Memorandum on the prevention of leprosy by segregation of the affected
Disease focus: Leprosy
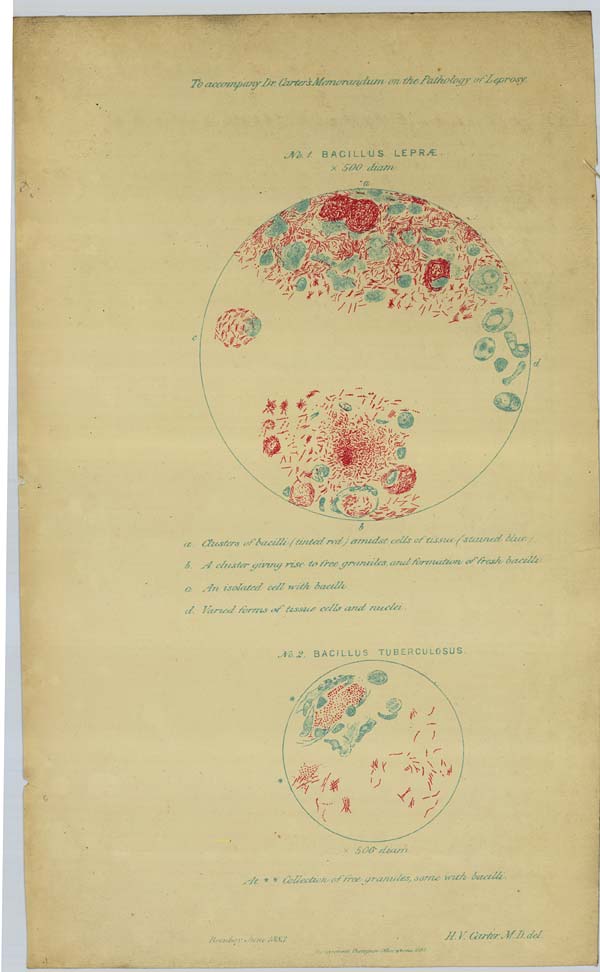
To accompany Dr. Carter's Memorandum on the Pathology of Leprosy.
No. 1. BACILLUS LEPRÆ.
x 500 diam.
a. Clusters of bacilli (tinted red) amidst cells of tissue (stained blue).
b. A cluster giving rise to free granules, and formation of fresh bacilli.
c. An isolated cell with bacilli.
d. Varied forms of tissue cells and nuclei .
No. 2. BACILLUS TUBERCULOSUS.
x 500 diam.
At * * Collection of free granules, some with bacilli.
Bombay June 1883.
H.
V.
Carter, M. D. del.
Government Photozinco: Office abona 1884.